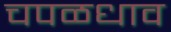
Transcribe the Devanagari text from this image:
चपळधाव